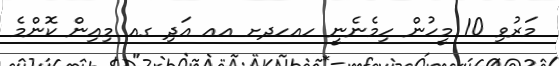
މަރުވި 10 މީހުން ހިމެނެނީ ހއހދށ އއ އަދި ގއ މިއިން ކޮންމެ